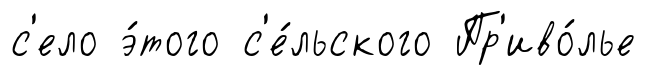
с'ело э́того с'е́льского Пр'иво́лье